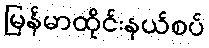
မြန်မာထိုင်းနယ်စပ်